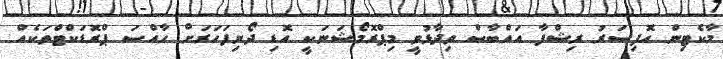
މާކެޓިން އޮފިސަރު ރިޝްފާ އައްބާސް ވިދާޅުވީ މިޕްރޮމޯޝަނަކީ އޮޑި ދޯނިފަހަރަށް ހާއްސަ ޕްރޮޑަކްޓްތަކެއް